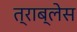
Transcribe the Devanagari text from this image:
त्राब्लेस